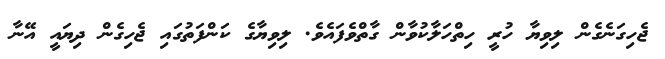
ޖެހިގަނެގެން ލިވިޔާ ހުރީ ހިތްހަލާކުވާން ގާތްވެފައެވެ. ލިވިޔާގެ ކަންފަތުގައި ޖެހިގެން ދިޔައީ އޭނާ